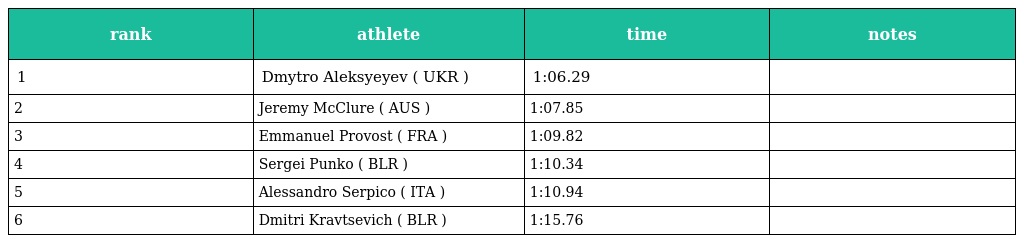
| rank | athlete | time | notes |
 | --- | --- | --- | --- |
 | 1 | Dmytro Aleksyeyev ( UKR ) | 1:06.29 |  |
 | 2 | Jeremy McClure ( AUS ) | 1:07.85 |  |
 | 3 | Emmanuel Provost ( FRA ) | 1:09.82 |  |
 | 4 | Sergei Punko ( BLR ) | 1:10.34 |  |
 | 5 | Alessandro Serpico ( ITA ) | 1:10.94 |  |
 | 6 | Dmitri Kravtsevich ( BLR ) | 1:15.76 |  |